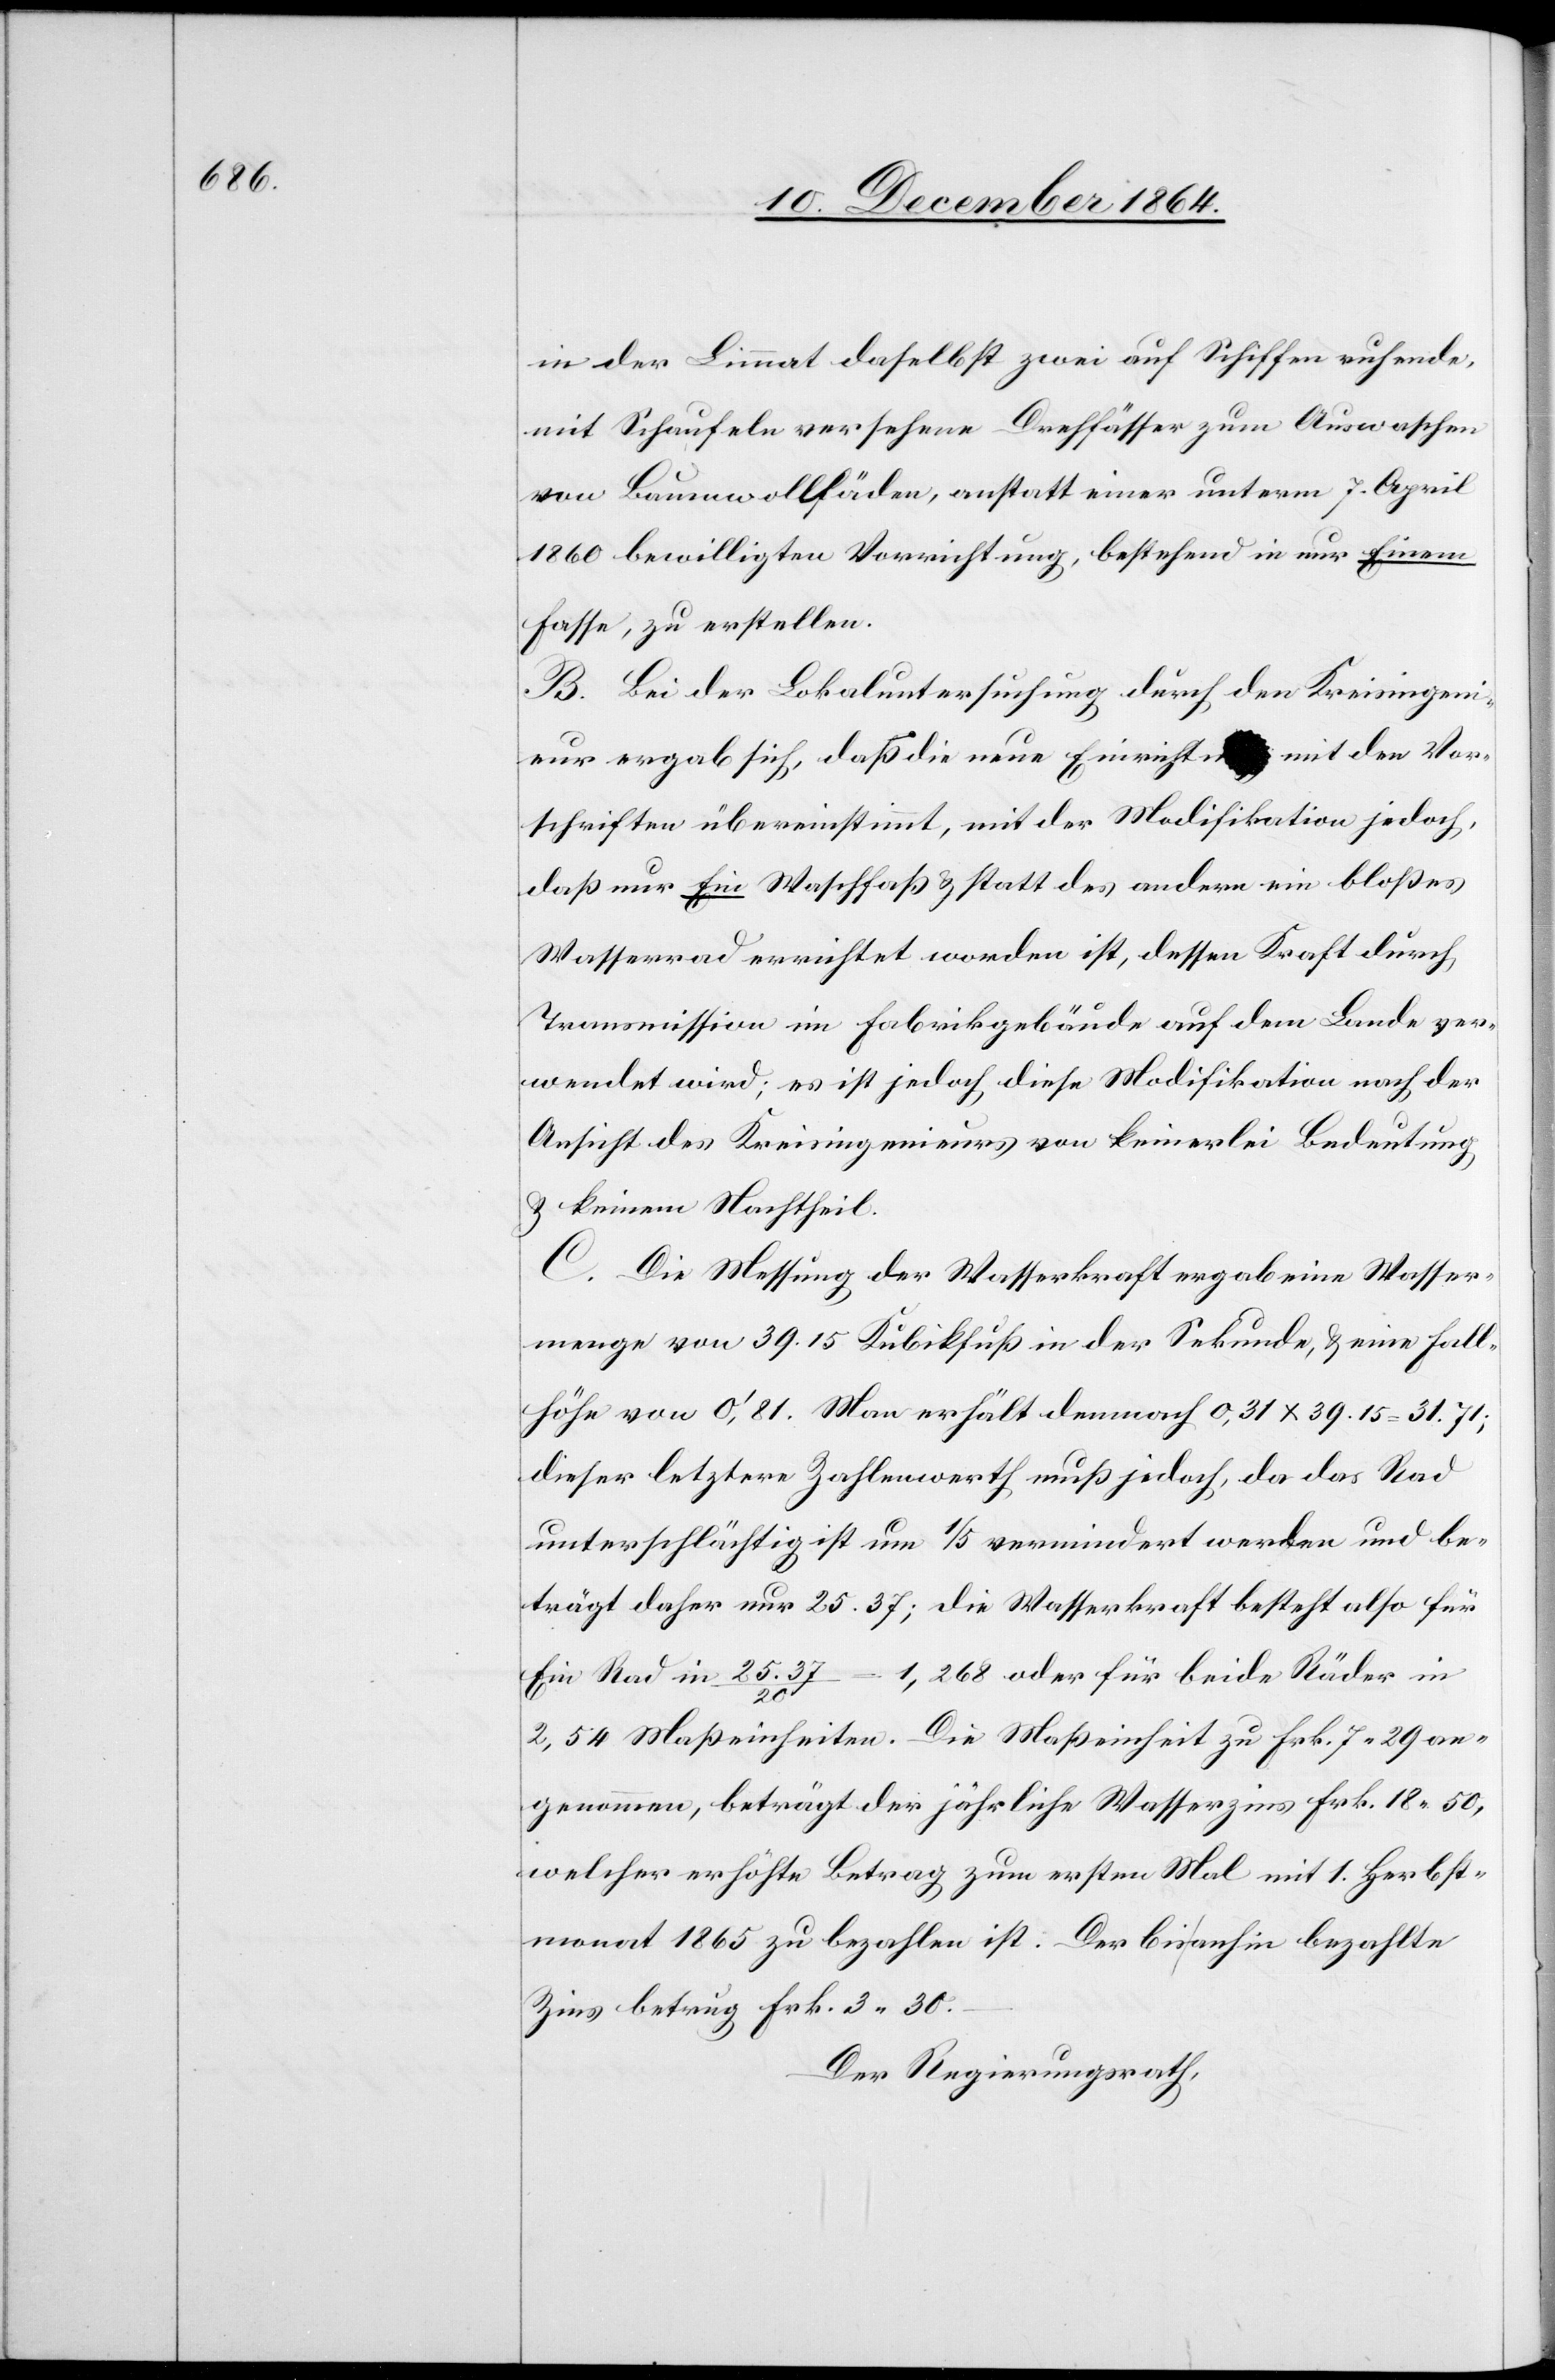
in der Limmat daselbst zwei auf Schiffen ruhende,
mit Schaufeln versehene Drehfässer zum Auswaschen
von Baumwollfäden, anstatt einer unterm 7. April
1860 bewilligten Vorrichtung, bestehend in nur Einem
Fasse, zu erstellen.
B. Bei der Lokaluntersuchung durch den Kreisingeni¬
eur ergab sich, daß die neue Einricht[?ung] mit den Vor¬
schriften übereinstimmt, mit der Modifikation jedoch,
daß nur Ein Waschfaß, statt des andern ein bloßes
Wasserrad errichtet worden ist, dessen Kraft durch
Transmission im Fabrikgebäude auf dem Lande ver¬
wendet wird; es ist jedoch diese Modifikation nach der
Ansicht des Kreisingenieurs von keinerlei Bedeutung
& keinem Nachtheil.
C. Die Messung der Wasserkraft ergab eine Wasser¬
menge von 39.15 Kubikfuß in der Sekunde, & eine Fall¬
höhe von 0’,81. Man erhält demnach 0,31 x 39.15 = 31.71;
dieser letztere Zahlenwert muß jedoch, da das Rad
unterschlächtig ist um 1/5 vermindert werden und be¬
trägt daher nur 25.37; die Wasserkraft besteht also für
Ein Rad in 25.37 / 20 = 1,268 oder für beide Räder in
2,54 Maßeinheiten. Die Maßeinheit zu Frk. 7.29 an¬
genommen, beträgt der jährliche Wasserzins Frk. 18.50,
welcher erhöhte Betrag zum ersten Mal mit 1. Herbst¬
monat 1865 zu bezahlen ist. Der bis anhin bezahlte
Zins betrug Frk. 3.30.
Der Regierungsrath,